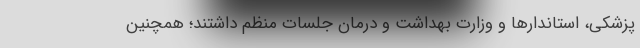
پزشکی، استاندارها و وزارت بهداشت و درمان جلسات منظم داشتند؛ همچنین